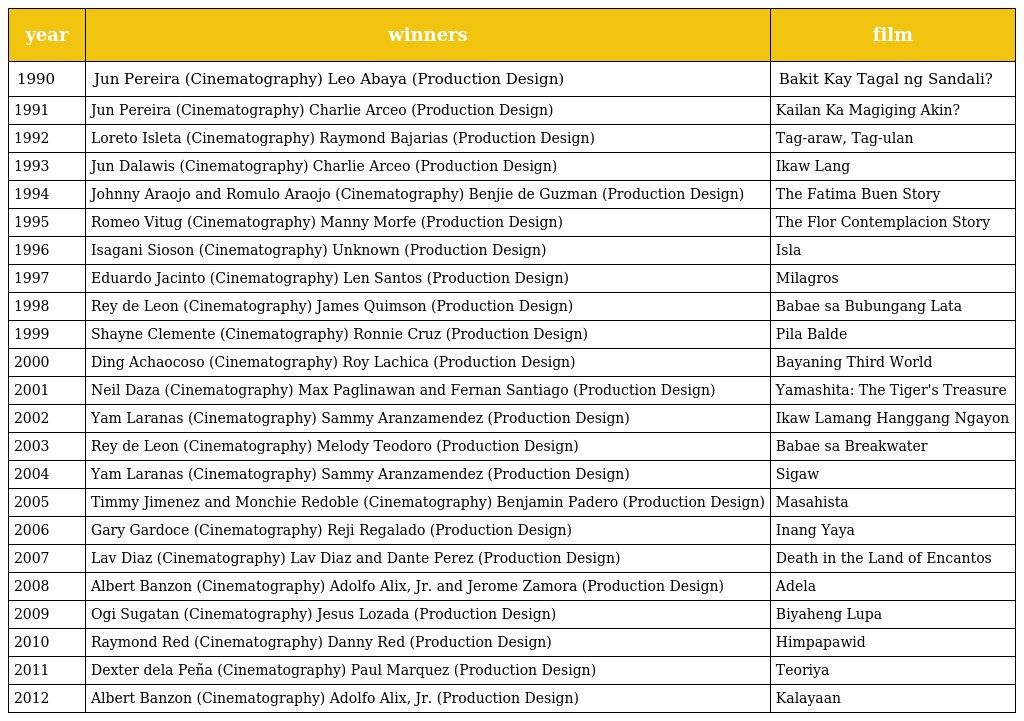
| year | winners | film |
 | --- | --- | --- |
 | 1990 | Jun Pereira (Cinematography) Leo Abaya (Production Design) | Bakit Kay Tagal ng Sandali? |
 | 1991 | Jun Pereira (Cinematography) Charlie Arceo (Production Design) | Kailan Ka Magiging Akin? |
 | 1992 | Loreto Isleta (Cinematography) Raymond Bajarias (Production Design) | Tag-araw, Tag-ulan |
 | 1993 | Jun Dalawis (Cinematography) Charlie Arceo (Production Design) | Ikaw Lang |
 | 1994 | Johnny Araojo and Romulo Araojo (Cinematography) Benjie de Guzman (Production Design) | The Fatima Buen Story |
 | 1995 | Romeo Vitug (Cinematography) Manny Morfe (Production Design) | The Flor Contemplacion Story |
 | 1996 | Isagani Sioson (Cinematography) Unknown (Production Design) | Isla |
 | 1997 | Eduardo Jacinto (Cinematography) Len Santos (Production Design) | Milagros |
 | 1998 | Rey de Leon (Cinematography) James Quimson (Production Design) | Babae sa Bubungang Lata |
 | 1999 | Shayne Clemente (Cinematography) Ronnie Cruz (Production Design) | Pila Balde |
 | 2000 | Ding Achaocoso (Cinematography) Roy Lachica (Production Design) | Bayaning Third World |
 | 2001 | Neil Daza (Cinematography) Max Paglinawan and Fernan Santiago (Production Design) | Yamashita: The Tiger's Treasure |
 | 2002 | Yam Laranas (Cinematography) Sammy Aranzamendez (Production Design) | Ikaw Lamang Hanggang Ngayon |
 | 2003 | Rey de Leon (Cinematography) Melody Teodoro (Production Design) | Babae sa Breakwater |
 | 2004 | Yam Laranas (Cinematography) Sammy Aranzamendez (Production Design) | Sigaw |
 | 2005 | Timmy Jimenez and Monchie Redoble (Cinematography) Benjamin Padero (Production Design) | Masahista |
 | 2006 | Gary Gardoce (Cinematography) Reji Regalado (Production Design) | Inang Yaya |
 | 2007 | Lav Diaz (Cinematography) Lav Diaz and Dante Perez (Production Design) | Death in the Land of Encantos |
 | 2008 | Albert Banzon (Cinematography) Adolfo Alix, Jr. and Jerome Zamora (Production Design) | Adela |
 | 2009 | Ogi Sugatan (Cinematography) Jesus Lozada (Production Design) | Biyaheng Lupa |
 | 2010 | Raymond Red (Cinematography) Danny Red (Production Design) | Himpapawid |
 | 2011 | Dexter dela Peña (Cinematography) Paul Marquez (Production Design) | Teoriya |
 | 2012 | Albert Banzon (Cinematography) Adolfo Alix, Jr. (Production Design) | Kalayaan |